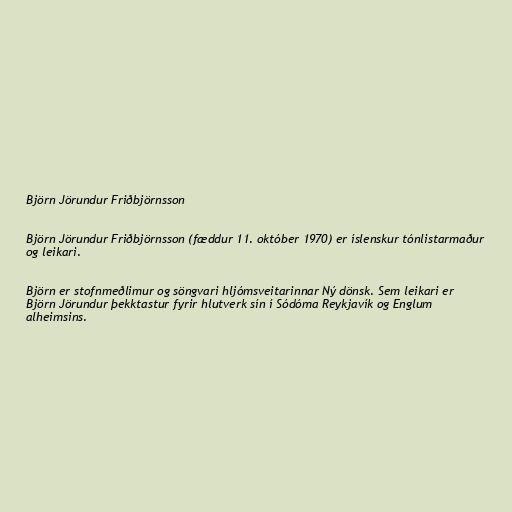
Björn Jörundur Friðbjörnsson

Björn Jörundur Friðbjörnsson (fæddur 11. október 1970) er íslenskur tónlistarmaður
og leikari.

Björn er stofnmeðlimur og söngvari hljómsveitarinnar Ný dönsk. Sem leikari er
Björn Jörundur þekktastur fyrir hlutverk sín í Sódóma Reykjavík og Englum
alheimsins.